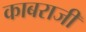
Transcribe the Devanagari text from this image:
काबराजी